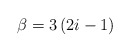
\begin{align*}\beta=3\left(2i-1\right)\end{align*}